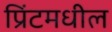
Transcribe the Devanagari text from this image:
प्रिंटमधील